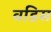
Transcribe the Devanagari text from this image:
वडिस